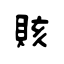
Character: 賅